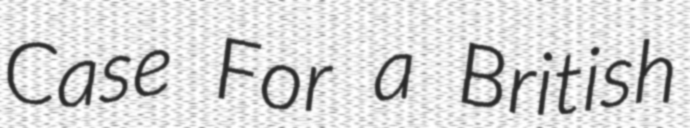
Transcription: Case For a British